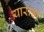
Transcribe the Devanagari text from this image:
याराडा